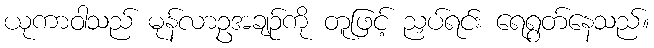
ယုကာဝါသည် မုန်လာဥအချဉ်ကို တူဖြင့် ညှပ်ရင်း ရေရွတ်နေသည်။